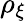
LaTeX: \rho_{\xi}